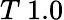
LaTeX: T~1.0